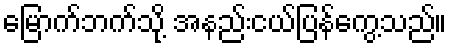
မြောက်ဘက်သို့ အနည်းငယ်ပြန်ကွေ့သည်။